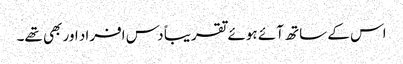
اس کے ساتھ آئے ہوئے تقریباً دس افراد اور بھی تھے۔